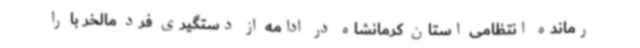
رمانده انتظامی استان کرمانشاه در ادامه از دستگیری فرد مالخر با را